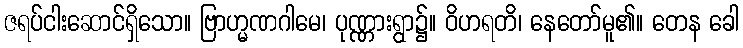
ဇရပ်ငါးဆောင်ရှိသော။ ဗြာဟ္မဏဂါမေ၊ ပုဏ္ဏားရွာ၌။ ဝိဟရတိ၊ နေတော်မူ၏။ တေန ခေါ